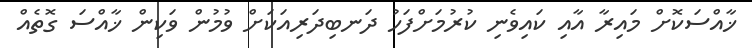
ޚާއްސަކޮށް މައިރާ އާއި ކައިވެނި ކުރުމަށްފަހު ދަނބިދަރިއަކަށް ވުމުން ވަކިން ޚާއްސަ ގޮތެއް